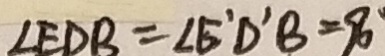
\angle E D B = \angle E ^ { \prime } D ^ { \prime } B = 9 0